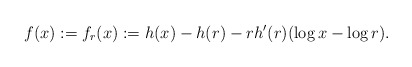
\begin{align*} f(x) := f_r(x) := h(x) - h(r) - rh'(r)(\log x - \log r). \end{align*}